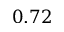
0 . 7 2